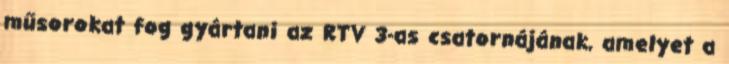
műsorokat fog gyártani az RTV 3-as csatornájának, amelyet a